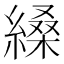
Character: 縔